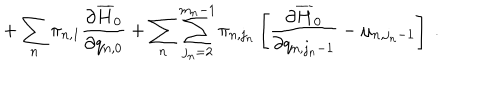
LaTeX: + \sum _ { n } \pi _ { n , 1 } \frac { \partial \overline { { { H } } } _ { 0 } } { \partial q _ { n , 0 } } + \sum _ { n } \sum _ { j _ { n } = 2 } ^ { m _ { n } - 1 } \pi _ { n , j _ { n } } \left[ \frac { \partial \overline { { { H } } } _ { 0 } } { \partial q _ { n , j _ { n } - 1 } } - \mu _ { n , j _ { n } - 1 } \right] \ .